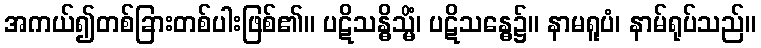
အကယ်၍တစ်ခြားတစ်ပါးဖြစ်၏။ ပဋိသန္ဓိသ္မိံ၊ ပဋိသန္ဓေ၌။ နာမရူပံ၊ နာမ်ရုပ်သည်။